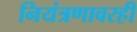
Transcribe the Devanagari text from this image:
नियंत्रणावरही